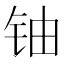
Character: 铀